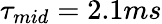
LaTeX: \tau_{mid}=2.1ms